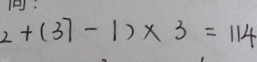
2 + ( 3 7 - 1 ) \times 3 = 1 1 4